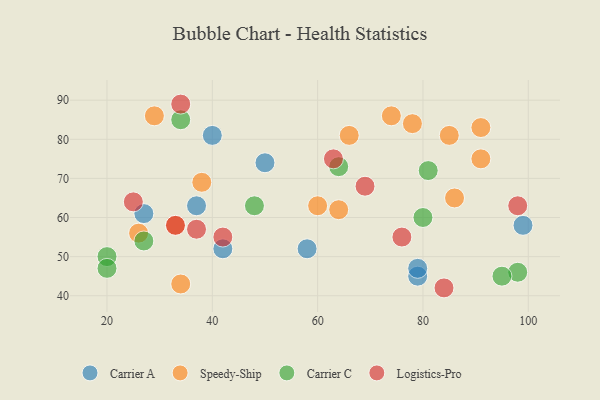
{"axis": {"x": "GDP", "y": "Life Expectancy"}, "legend": ["Carrier A", "Carrier C", "Logistics-Pro", "Speedy-Ship"], "data": [{"x": "37", "y": 63, "type": "Carrier A"}, {"x": "79", "y": 45, "type": "Carrier A"}, {"x": "27", "y": 61, "type": "Carrier A"}, {"x": "79", "y": 47, "type": "Carrier A"}, {"x": "50", "y": 74, "type": "Carrier A"}, {"x": "40", "y": 81, "type": "Carrier A"}, {"x": "42", "y": 52, "type": "Carrier A"}, {"x": "58", "y": 52, "type": "Carrier A"}, {"x": "99", "y": 58, "type": "Carrier A"}, {"x": "34", "y": 43, "type": "Speedy-Ship"}, {"x": "38", "y": 69, "type": "Speedy-Ship"}, {"x": "85", "y": 81, "type": "Speedy-Ship"}, {"x": "91", "y": 75, "type": "Speedy-Ship"}, {"x": "66", "y": 81, "type": "Speedy-Ship"}, {"x": "29", "y": 86, "type": "Speedy-Ship"}, {"x": "86", "y": 65, "type": "Speedy-Ship"}, {"x": "78", "y": 84, "type": "Speedy-Ship"}, {"x": "64", "y": 62, "type": "Speedy-Ship"}, {"x": "60", "y": 63, "type": "Speedy-Ship"}, {"x": "74", "y": 86, "type": "Speedy-Ship"}, {"x": "26", "y": 56, "type": "Speedy-Ship"}, {"x": "33", "y": 58, "type": "Speedy-Ship"}, {"x": "91", "y": 83, "type": "Speedy-Ship"}, {"x": "64", "y": 73, "type": "Carrier C"}, {"x": "48", "y": 63, "type": "Carrier C"}, {"x": "80", "y": 60, "type": "Carrier C"}, {"x": "98", "y": 46, "type": "Carrier C"}, {"x": "20", "y": 50, "type": "Carrier C"}, {"x": "95", "y": 45, "type": "Carrier C"}, {"x": "34", "y": 85, "type": "Carrier C"}, {"x": "27", "y": 54, "type": "Carrier C"}, {"x": "81", "y": 72, "type": "Carrier C"}, {"x": "20", "y": 47, "type": "Carrier C"}, {"x": "63", "y": 75, "type": "Logistics-Pro"}, {"x": "33", "y": 58, "type": "Logistics-Pro"}, {"x": "69", "y": 68, "type": "Logistics-Pro"}, {"x": "42", "y": 55, "type": "Logistics-Pro"}, {"x": "76", "y": 55, "type": "Logistics-Pro"}, {"x": "34", "y": 89, "type": "Logistics-Pro"}, {"x": "37", "y": 57, "type": "Logistics-Pro"}, {"x": "25", "y": 64, "type": "Logistics-Pro"}, {"x": "98", "y": 63, "type": "Logistics-Pro"}, {"x": "84", "y": 42, "type": "Logistics-Pro"}]}